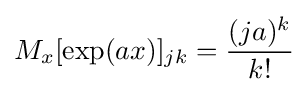
M_{x}[\exp(ax)]_{jk}={\frac {(ja)^{k}}{k!}}